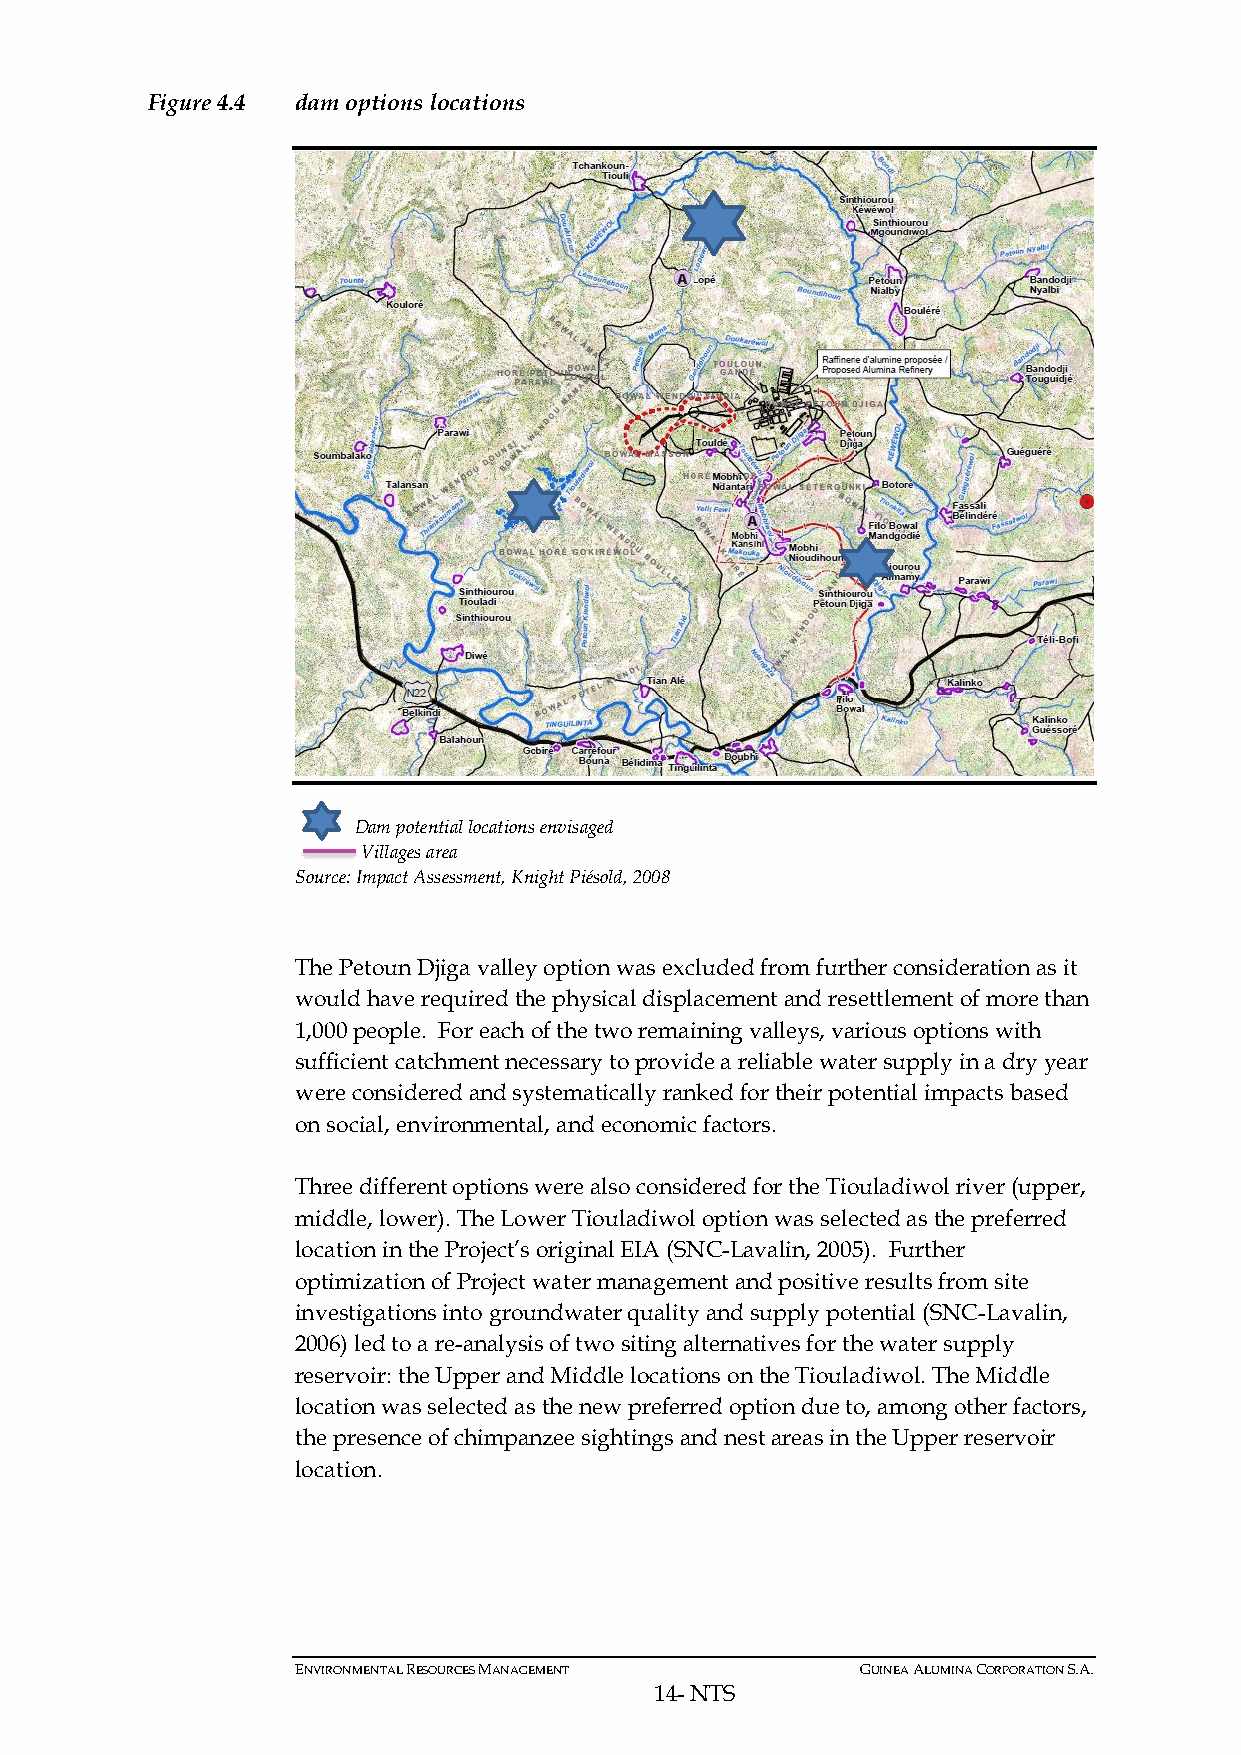
Figure 4.4 dam options locations
 Dam potential locations envisaged
 Villages area
 Source: Impact Assessment, Knight Piésold, 2008
 The Petoun Djiga valley option was excluded from further consideration as it
 would have required the physical displacement and resettlement of more than
 1,000 people. For each of the two remaining valleys, various options with
 sufficient catchment necessary to provide a reliable water supply in a dry year
 were considered and systematically ranked for their potential impacts based
 on social, environmental, and economic factors.
 Three different options were also considered for the Tiouladiwol river (upper,
 middle, lower). The Lower Tiouladiwol option was selected as the preferred
 location in the Project’s original EIA (SNC-Lavalin, 2005). Further
 optimization of Project water management and positive results from site
 investigations into groundwater quality and supply potential (SNC-Lavalin,
 2006) led to a re-analysis of two siting alternatives for the water supply
 reservoir: the Upper and Middle locations on the Tiouladiwol. The Middle
 location was selected as the new preferred option due to, among other factors,
 the presence of chimpanzee sightings and nest areas in the Upper reservoir
 location.
 ENVIRONMENTAL RESOURCES MANAGEMENT   GUINEA ALUMINA CORPORATION S.A.
 14- NTS